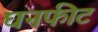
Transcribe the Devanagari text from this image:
घनफीट